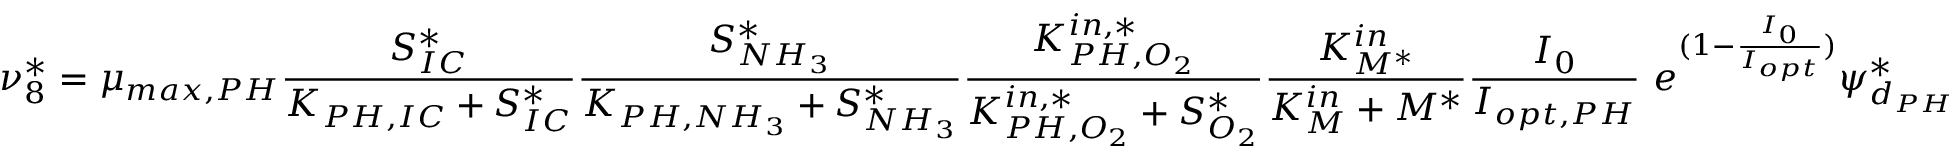
\nu _ { 8 } ^ { * } = \mu _ { m a x , P H } \frac { S _ { I C } ^ { * } } { K _ { P H , I C } + S _ { I C } ^ { * } } \frac { S _ { N H _ { 3 } } ^ { * } } { K _ { P H , N H _ { 3 } } + S _ { N H _ { 3 } } ^ { * } } \frac { K _ { P H , O _ { 2 } } ^ { i n , * } } { K _ { P H , O _ { 2 } } ^ { i n , * } + S _ { O _ { 2 } } ^ { * } } \frac { K _ { M ^ { * } } ^ { i n } } { K _ { M } ^ { i n } + M ^ { * } } \frac { I _ { 0 } } { I _ { o p t , P H } } \ e ^ { ( 1 - \frac { I _ { 0 } } { I _ { o p t } } ) } \psi _ { d _ { P H } } ^ { * }